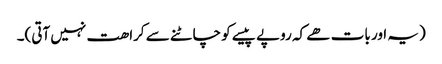
(یہ اور بات ھے کہ روپے پیسے کو چاٹنے سے کراھت نہیں آتی)۔